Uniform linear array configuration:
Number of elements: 16
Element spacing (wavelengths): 0.75
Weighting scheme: exponential
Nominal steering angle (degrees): -30
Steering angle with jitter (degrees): -31.683
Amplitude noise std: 0.05
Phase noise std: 0.05

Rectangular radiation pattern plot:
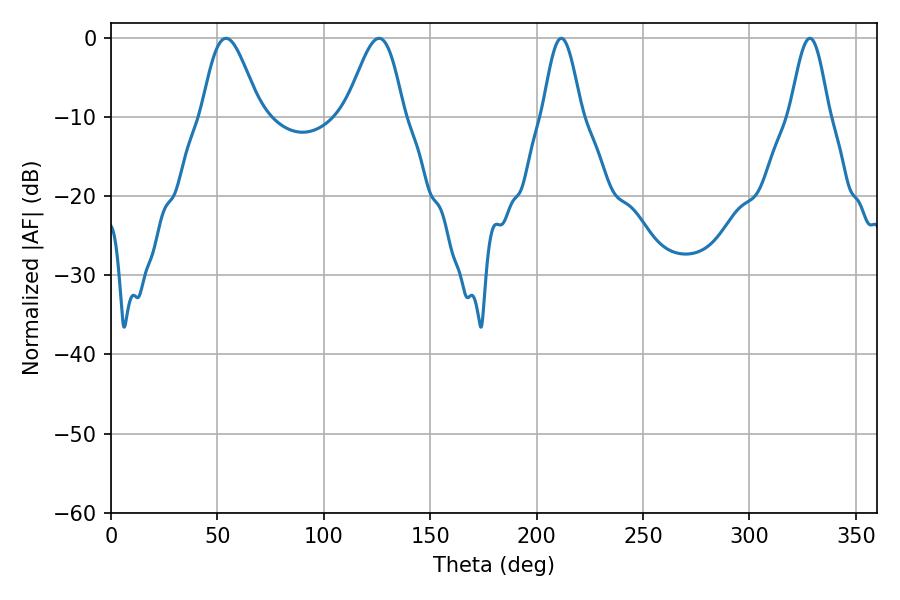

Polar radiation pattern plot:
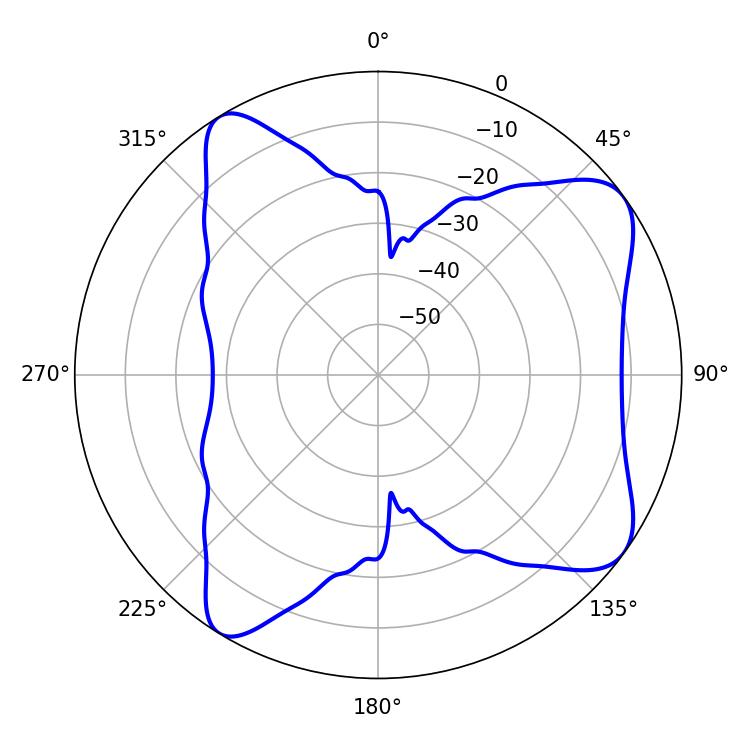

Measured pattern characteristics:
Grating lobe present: TRUE
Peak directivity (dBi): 8.239
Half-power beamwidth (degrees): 14.4
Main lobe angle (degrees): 54